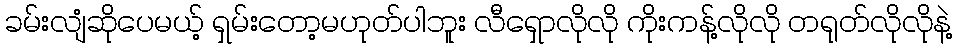
ခမ်းလျံဆိုပေမယ့် ရှမ်းတော့မဟုတ်ပါဘူး လီရှောလိုလို ကိုးကန့်လိုလို တရုတ်လိုလိုနဲ့